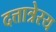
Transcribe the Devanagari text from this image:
दत्तात्रेरय